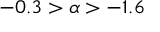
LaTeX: - 0 . 3 > { \alpha } > - 1 . 6